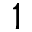
1